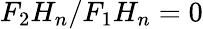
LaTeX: F_{2}H_{n}/F_{1}H_{n}=0